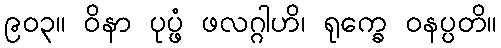
၉၀၃။ ဝိနာ ပုပ္ဖံ ဖလဂ္ဂါဟိ၊ ရုက္ခေ ဝနပ္ပတိ။